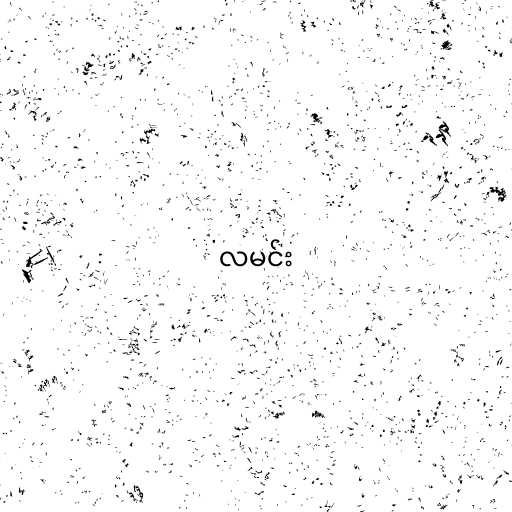
လမင်း